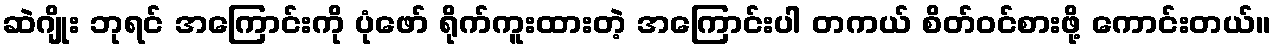
ဆဲဂျိုး ဘုရင် အကြောင်းကို ပုံဖော် ရိုက်ကူးထားတဲ့ အကြောင်းပါ တကယ် စိတ်ဝင်စားဖို့ ကောင်းတယ်။